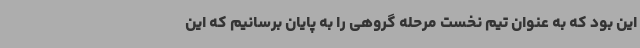
این بود که به عنوان تیم نخست مرحله گروهی را به پایان برسانیم که این